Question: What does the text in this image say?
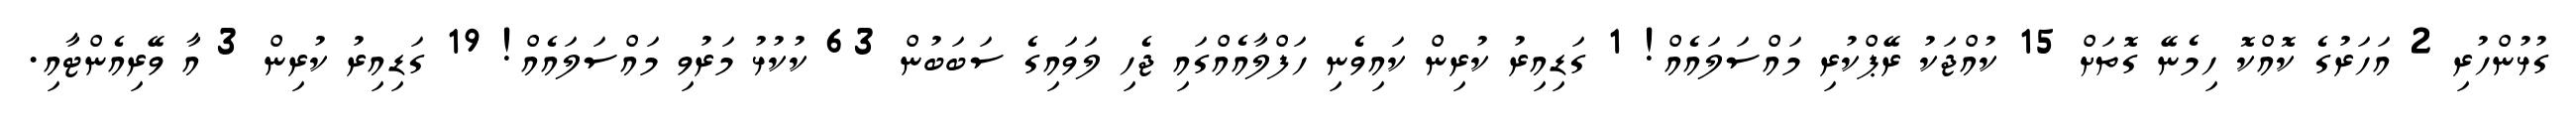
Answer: ގުޅުންހުރި 2 އަހަރުގެ ކޮއްކޮ ހިމެނޭ ގޮތަށް 15 ކުއްޖަކު ރޭޕްކުރި މައްސަލައެއް! 1 ގަޑިއިރު ކުރިން ކައިވެނި ހަފްލާއެއްގައި ޖެހި ލަވައިގެ ސަބަބުން 63 ކުކުޅު މަރުވި މައްސަލައެއް! 19 ގަޑިއިރު ކުރިން 3 އާ ވޭރިއެންޓާއި.